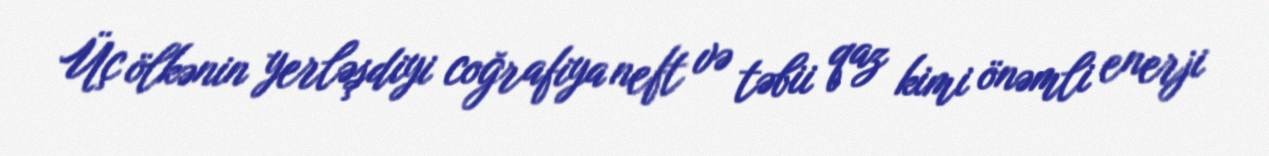
Üç ölkənin yerləşdiyi coğrafiya neft və təbii qaz kimi önəmli enerji